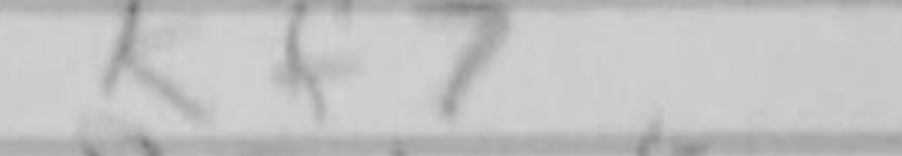
Transcription: Kf7